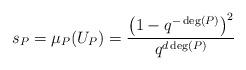
LaTeX: \begin{align*} s_P = \mu_P(U_P) = \frac{\left(1-q^{-\deg(P)}\right)^2}{q^{d \deg(P)}} \end{align*}